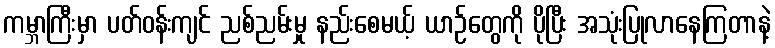
ကမ္ဘာကြီးမှာ ပတ်ဝန်းကျင် ညစ်ညမ်းမှု နည်းစေမယ့် ယာဉ်တွေကို ပိုပြီး အသုံးပြုလာနေကြတာနဲ့